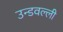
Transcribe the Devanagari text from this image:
उन्डवल्ली